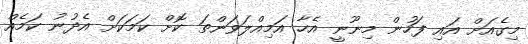
މިގެއަށް އައި ފަހުން މިނޫނީ އެހާ އަމިއްލަވަންތަ ކޮށް ކަމަކަށް އެދުނު ކަމެއް